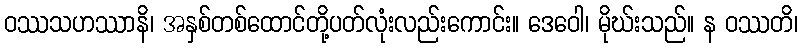
ဝဿသဟဿာနိ၊ အနှစ်တစ်ထောင်တို့ပတ်လုံးလည်းကောင်း။ ဒေဝေါ၊ မိုဃ်းသည်။ န ဝဿတိ၊